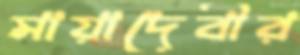
মায়াদেবীর